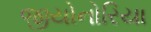
જીયોનોરિયા